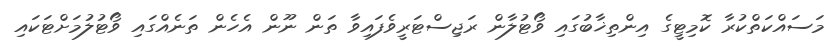
މަސައްކަތްކުރާ ކޮމިޓީގެ އިންތިޚާބުގައި ވޯޓުލާން ރަޖިސްޓަރީވެފައިވާ ތަން ނޫން އެހެން ތަނެއްގައި ވޯޓުލުމަށްޓަކައި